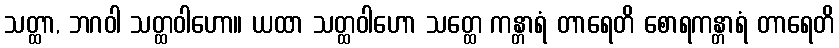
သတ္ထာ, ဘဂဝါ သတ္ထဝါဟော။ ယထာ သတ္ထဝါဟော သတ္ထေ ကန္တာရံ တာရေတိ စောရကန္တာရံ တာရေတိ